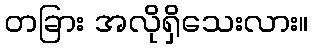
တခြား အလိုရှိသေးလား။